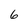
Character: 6